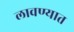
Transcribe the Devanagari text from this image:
लावण्‍यात